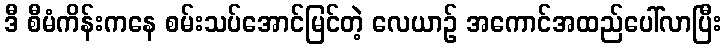
ဒီ စီမံကိန်းကနေ စမ်းသပ်အောင်မြင်တဲ့ လေယာဉ် အကောင်အထည်ပေါ်လာပြီး